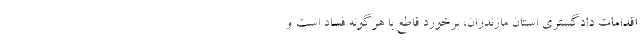
اقدامات دادگستری استان مازندران، برخورد قاطع با هرگونه فساد است و